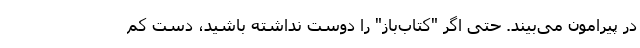
در پیرامون می‌بیند. حتی اگر "کتاب‌باز" را دوست نداشته باشید، دست کم